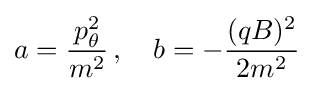
a={\frac {p_{\theta }^{2}}{m^{2}}}\,,\quad b=-{\frac {(qB)^{2}}{2m^{2}}}